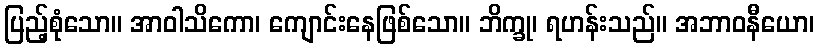
ပြည့်စုံသော။ အာဝါသိကော၊ ကျောင်းနေဖြစ်သော။ ဘိက္ခု၊ ရဟန်းသည်။ အဘာဝနီယော၊